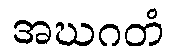
အဃဂတံ